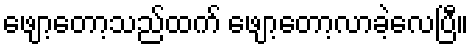
ဖျော့တော့သည်ထက် ဖျော့တော့လာခဲ့လေပြီ။